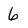
Character: 6